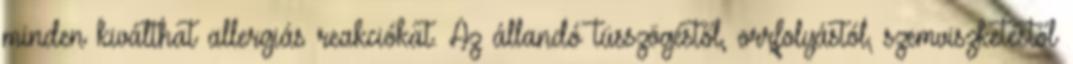
minden kiválthat allergiás reakciókat. Az állandó tüsszögéstől, orrfolyástól, szemviszketéstől